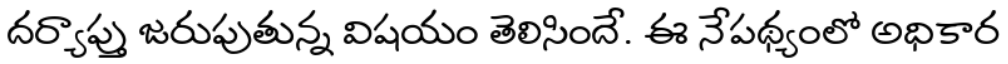
దర్యాప్తు జరుపుతున్న విషయం తెలిసిందే. ఈ నేపథ్యంలో అధికార